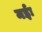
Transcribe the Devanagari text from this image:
मईः